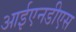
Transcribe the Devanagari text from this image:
आईएनडीएस